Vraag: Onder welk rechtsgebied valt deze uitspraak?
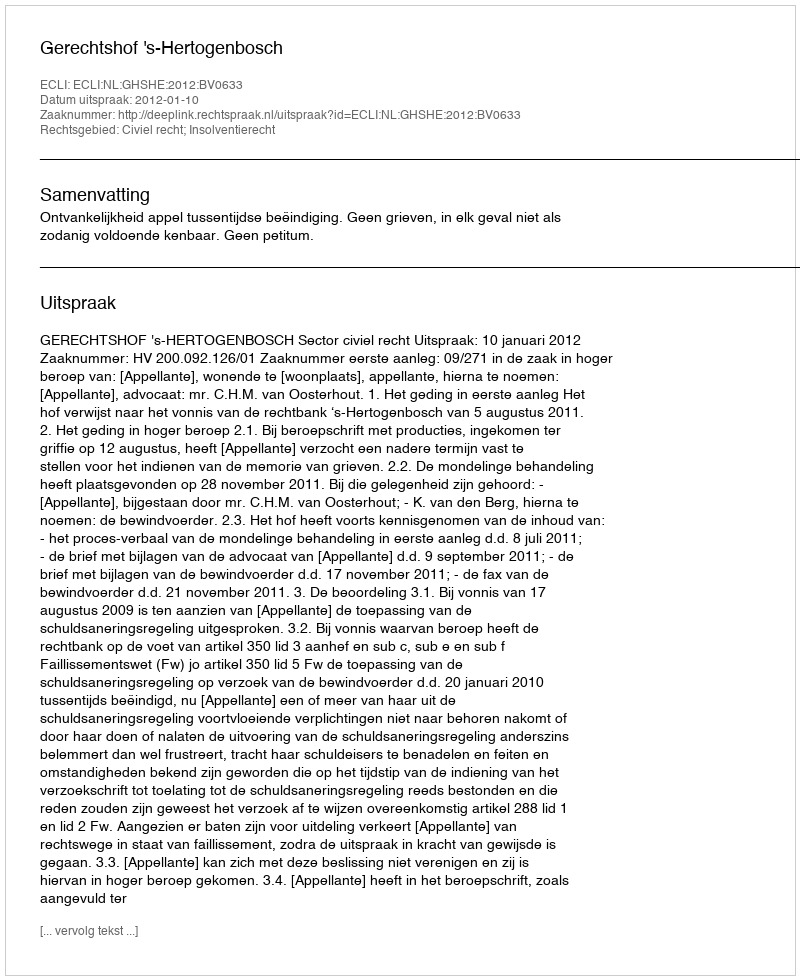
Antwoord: Civiel recht; Insolventierecht